Report of the King Institute of Preventive Medicine, Guindy
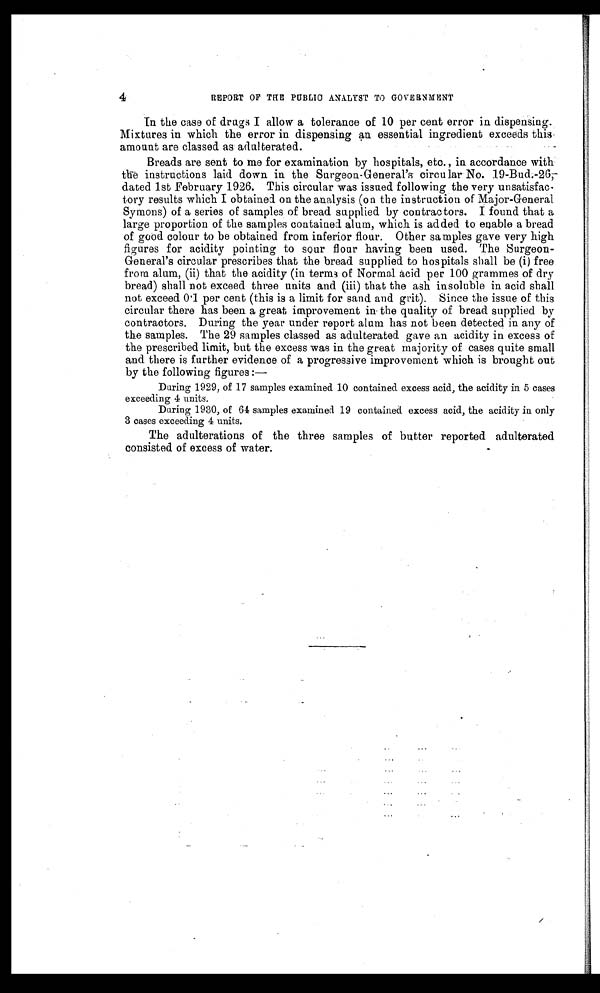
4
REPORT OF THE PUBLIC ANALYST TO GOVERNMENT
In the case of drugs I allow a tolerance of 10 per cent error in dispensing.
Mixtures in which the error in dispensing an essential ingredient exceeds this
amount are classed as adulterated.
Breads are sent to me for examination by hospitals, etc., in accordance with
the instructions laid down in the Surgeon-General's circular No. 19-Bud.-2
6,-dated 1st February 1926. This circular was issued following the very unsatisfac--
tory results which I obtained on the analysis (on the instruction of Major-General
Symons) of a series of samples of bread supplied by contractors. I found that a
large proportion of the samples contained alum, which is added to enable a bread
of good colour to be obtained from inferior flour. Other samples gave very high
figures for acidity pointing to sour flour having been used. The Surgeon-
General's circular prescribes that the bread supplied to hospitals shall be (i) free
from alum, (ii) that the acidity (in terms of Normal acid per 100 grammes of dry
bread) shall not exceed three units and (iii) that the ash insoluble in acid shall
not exceed 0.1 per cent (this is a limit for sand and grit). Since the issue of this
circular there has been a great improvement in the quality of bread supplied by
contractors. During the year under report alum has not been detected in any of
the samples. The 29 samples classed as adulterated gave an acidity in excess of
the prescribed limit, but the excess was in the great majority of cases quite small
and there is further evidence of a progressive improvement which is brought out
by the following figures:
—
During 1929, of 17 samples examined 10 contained excess acid, the acidity in 5 cases
exceeding 4 units.
During 1930, of 64 samples examined 19 contained excess acid, the acidity in only
3 cases exceeding 4 units.
The adulterations of the three samples of butter reported adulterated
consisted of excess of water.